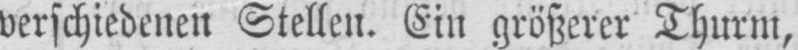
verschiedenen Stellen. Ein größerer Thurm,